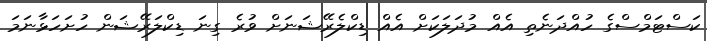
ކަސްޓަމްސްގެ ހުއްދަނެތި އެއް މުދަލަކަށް އެއް ޑިކްލެރޭޝަނަށް ވުރެ ގިނަ ޑިކްލަރޭޝަން ހުށަހަޅާނަމަ